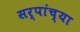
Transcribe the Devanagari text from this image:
सर्पांच्या